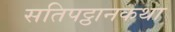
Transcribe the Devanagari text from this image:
सतिपट्ठानकथा